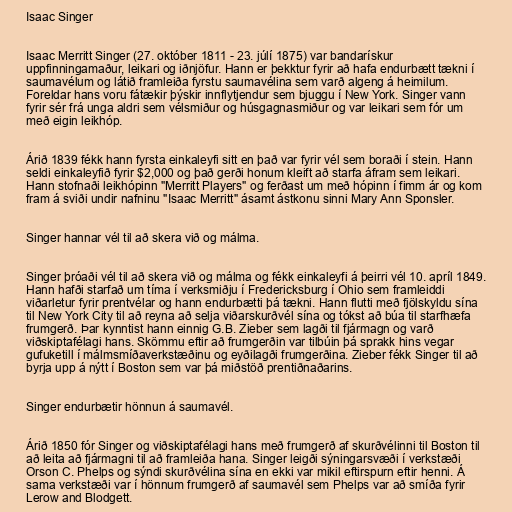
Isaac Singer

Isaac Merritt Singer (27. október 1811 - 23. júlí 1875) var bandarískur
uppfinningamaður, leikari og iðnjöfur. Hann er þekktur fyrir að hafa endurbætt tækni í
saumavélum og látið framleiða fyrstu saumavélina sem varð algeng á heimilum.
Foreldar hans voru fátækir þýskir innflytjendur sem bjuggu í New York. Singer vann
fyrir sér frá unga aldri sem vélsmiður og húsgagnasmiður og var leikari sem fór um
með eigin leikhóp.

Árið 1839 fékk hann fyrsta einkaleyfi sitt en það var fyrir vél sem boraði í stein. Hann
seldi einkaleyfið fyrir $2,000 og það gerði honum kleift að starfa áfram sem leikari.
Hann stofnaði leikhópinn "Merritt Players" og ferðast um með hópinn í fimm ár og kom
fram á sviði undir nafninu "Isaac Merritt" ásamt ástkonu sinni Mary Ann Sponsler.

Singer hannar vél til að skera við og málma.

Singer þróaði vél til að skera við og málma og fékk einkaleyfi á þeirri vél 10. apríl 1849.
Hann hafði starfað um tíma í verksmiðju í Fredericksburg í Ohio sem framleiddi
viðarletur fyrir prentvélar og hann endurbætti þá tækni. Hann flutti með fjölskyldu sína
til New York City til að reyna að selja viðarskurðvél sína og tókst að búa til starfhæfa
frumgerð. Þar kynntist hann einnig G.B. Zieber sem lagði til fjármagn og varð
viðskiptafélagi hans. Skömmu eftir að frumgerðin var tilbúin þá sprakk hins vegar
gufuketill í málmsmíðaverkstæðinu og eyðilagði frumgerðina. Zieber fékk Singer til að
byrja upp á nýtt í Boston sem var þá miðstöð prentiðnaðarins.

Singer endurbætir hönnun á saumavél.

Árið 1850 fór Singer og viðskiptafélagi hans með frumgerð af skurðvélinni til Boston til
að leita að fjármagni til að framleiða hana. Singer leigði sýningarsvæði í verkstæði
Orson C. Phelps og sýndi skurðvélina sína en ekki var mikil eftirspurn eftir henni. Á
sama verkstæði var í hönnum frumgerð af saumavél sem Phelps var að smíða fyrir
Lerow and Blodgett.